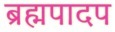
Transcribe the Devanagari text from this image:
ब्रह्मपादप